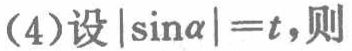
(4)设\(|\sin\alpha| = t\)，则